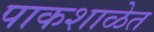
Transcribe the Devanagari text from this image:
पाकशाळेत